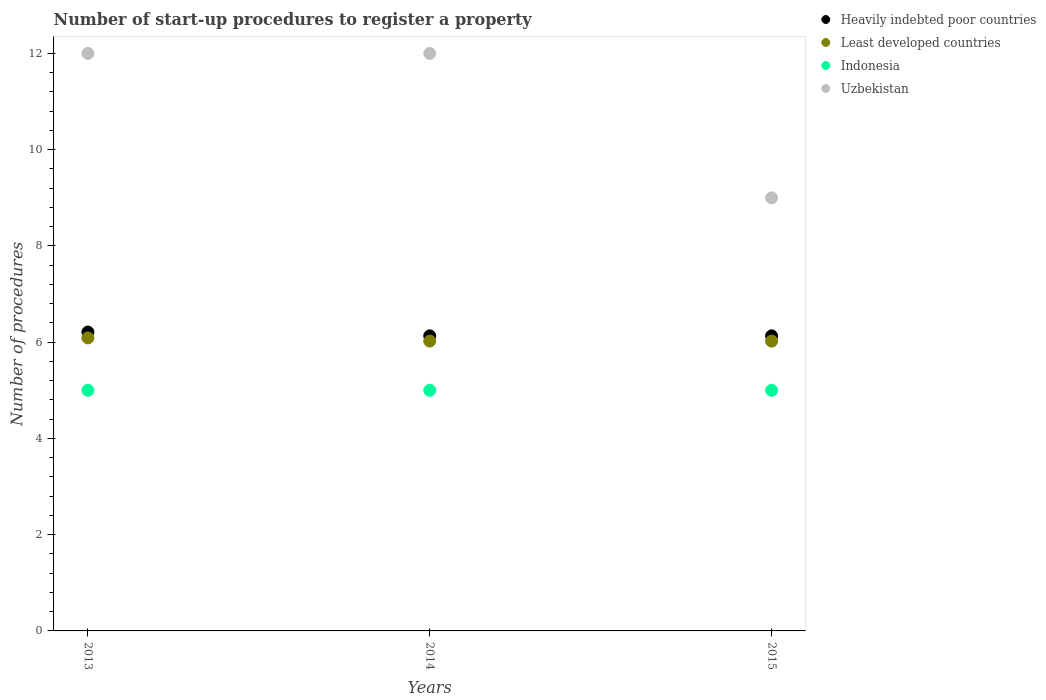
| Years | Heavily indebted poor countries | Least developed countries | Indonesia | Uzbekistan |
 | --- | --- | --- | --- | --- |
 | 2013 | 6.21 | 6.09 | 5 | 12 |
 | 2014 | 6.13 | 6.02 | 5 | 12 |
 | 2015 | 6.13 | 6.02 | 5 | 9 |